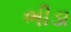
ભીડા